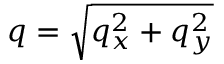
q = \sqrt { q _ { x } ^ { 2 } + q _ { y } ^ { 2 } }